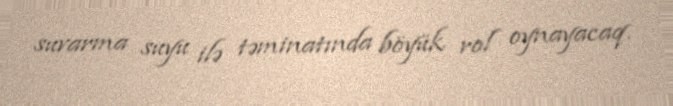
suvarma suyu ilə təminatında böyük rol oynayacaq.